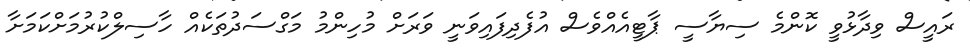
ރައީސް ވިދާޅުވީ ކޮންމެ ސިޔާސީ ޕާޓީއެއްވެސް އުފެދިފައިވަނީ ވަރަށް މުހިންމު މަގްސަދުތަކެއް ހާސިލްކުރުމަށްކަމަށާ